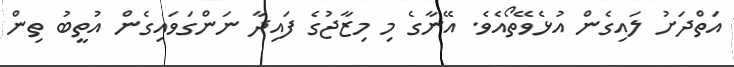
އަތްދަށު ލައިގެން އުޅެވޭތޯއެވެ. އޭނާގެ މި މިޒާޖުގެ ފައިދާ ނަންގަވައިގެން އުތީބު ތިން